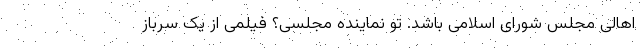
اهالی مجلس شورای اسلامی باشد. تو نماینده مجلسی؟ فیلمی از یک سرباز